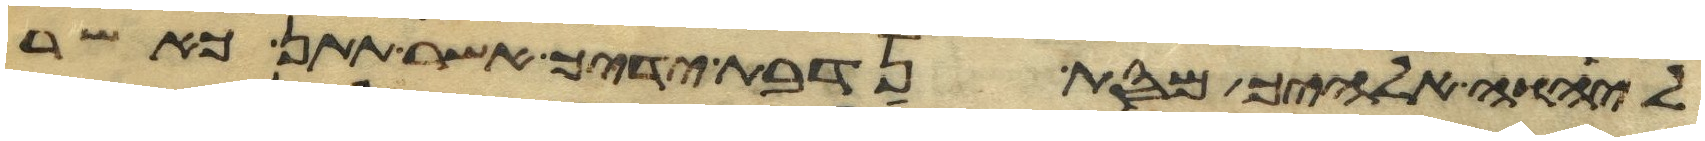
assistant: ליהוה אלהיך מסת נדבת ידיך אשר תתן כאשר